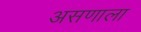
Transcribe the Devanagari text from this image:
असणाला